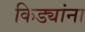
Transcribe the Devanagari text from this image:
किड्यांना